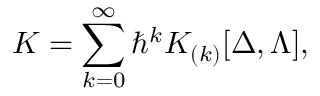
K = \sum _ { k = 0 } ^ { \infty } \hbar ^ { k } K _ { ( k ) } [ \Delta , \Lambda ] ,